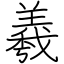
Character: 羲